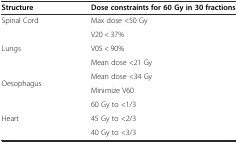
<table><thead><tr><td><b>Structure</b></td><td><b>Dose constraints for 60 Gy in 30 fractions</b></td></tr></thead><tbody><tr><td>Spinal Cord</td><td>Max dose &lt;50 Gy</td></tr><tr><td rowspan="3">Lungs</td><td>V20 &lt; 37%</td></tr><tr><td>V05 &lt; 90%</td></tr><tr><td>Mean dose &lt;21 Gy</td></tr><tr><td rowspan="2">Oesophagus</td><td>Mean dose &lt;34 Gy</td></tr><tr><td>Minimize V60</td></tr><tr><td rowspan="3">Heart</td><td>60 Gy to &lt;1/3</td></tr><tr><td>45 Gy to &lt;2/3</td></tr><tr><td>40 Gy to &lt;3/3</td></tr></tbody></table>